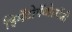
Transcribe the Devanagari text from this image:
हिमॅटोपॅथोलॉजी